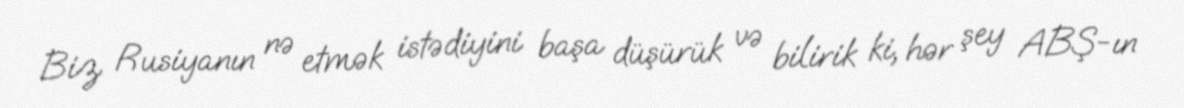
Biz Rusiyanın nə etmək istədiyini başa düşürük və bilirik ki, hər şey ABŞ-ın